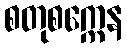
စတုစက္ကေန